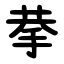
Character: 拲